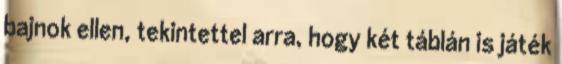
bajnok ellen, tekintettel arra, hogy két táblán is játék